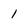
Character: l